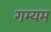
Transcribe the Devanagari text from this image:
गम्यम